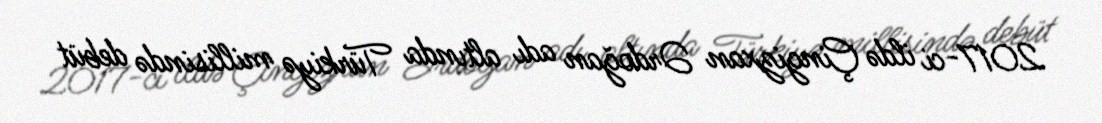
2017-ci ildə Çingizxan Ərdoğan adı altında Türkiyə millisində debüt